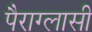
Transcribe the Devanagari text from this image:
पैराग्लासी